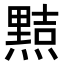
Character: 𭶑